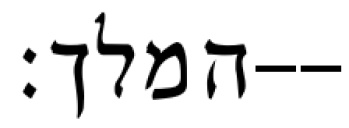
המלך׃--